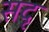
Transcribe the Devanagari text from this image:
सदृ